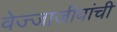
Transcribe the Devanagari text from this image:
वेज्जाजीवांची